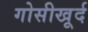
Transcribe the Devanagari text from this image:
गोसीखूर्द